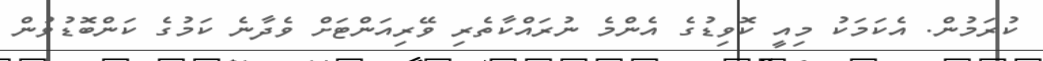
ކުރަމުން. އެކަމަކު މިއީ ކޮވިޑުގެ އެންމެ ނުރައްކާތެރި ވޭރިއަންޓަށް ވެދާނެ ކަމުގެ ކަންބޮޑުވުން